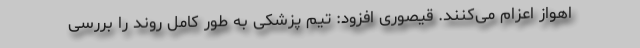
اهواز اعزام می‌کنند. قیصوری افزود: تیم پزشکی به طور کامل روند را بررسی